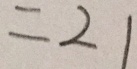
= 2 1